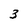
Character: 3